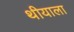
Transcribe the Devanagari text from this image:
थीयाला